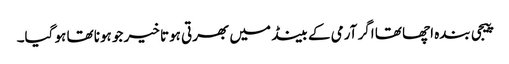
پیجی بندہ اچھا تھا اگر آرمی کے بینڈ میں بھرتی ہوتا خیر جو ہونا تھا ہو گیا۔